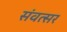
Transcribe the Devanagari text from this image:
संवत्‍सर